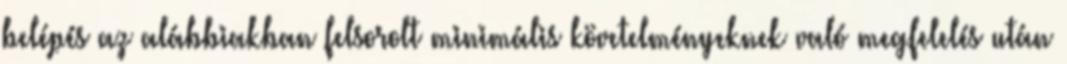
belépés az alábbiakban felsorolt minimális követelményeknek való megfelelés után